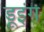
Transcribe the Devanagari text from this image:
डूइंग